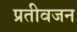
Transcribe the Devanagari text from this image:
प्रतीवजन